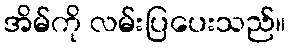
အိမ်ကို လမ်းပြပေးသည်။